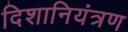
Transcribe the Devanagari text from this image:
दिशानियंत्रण